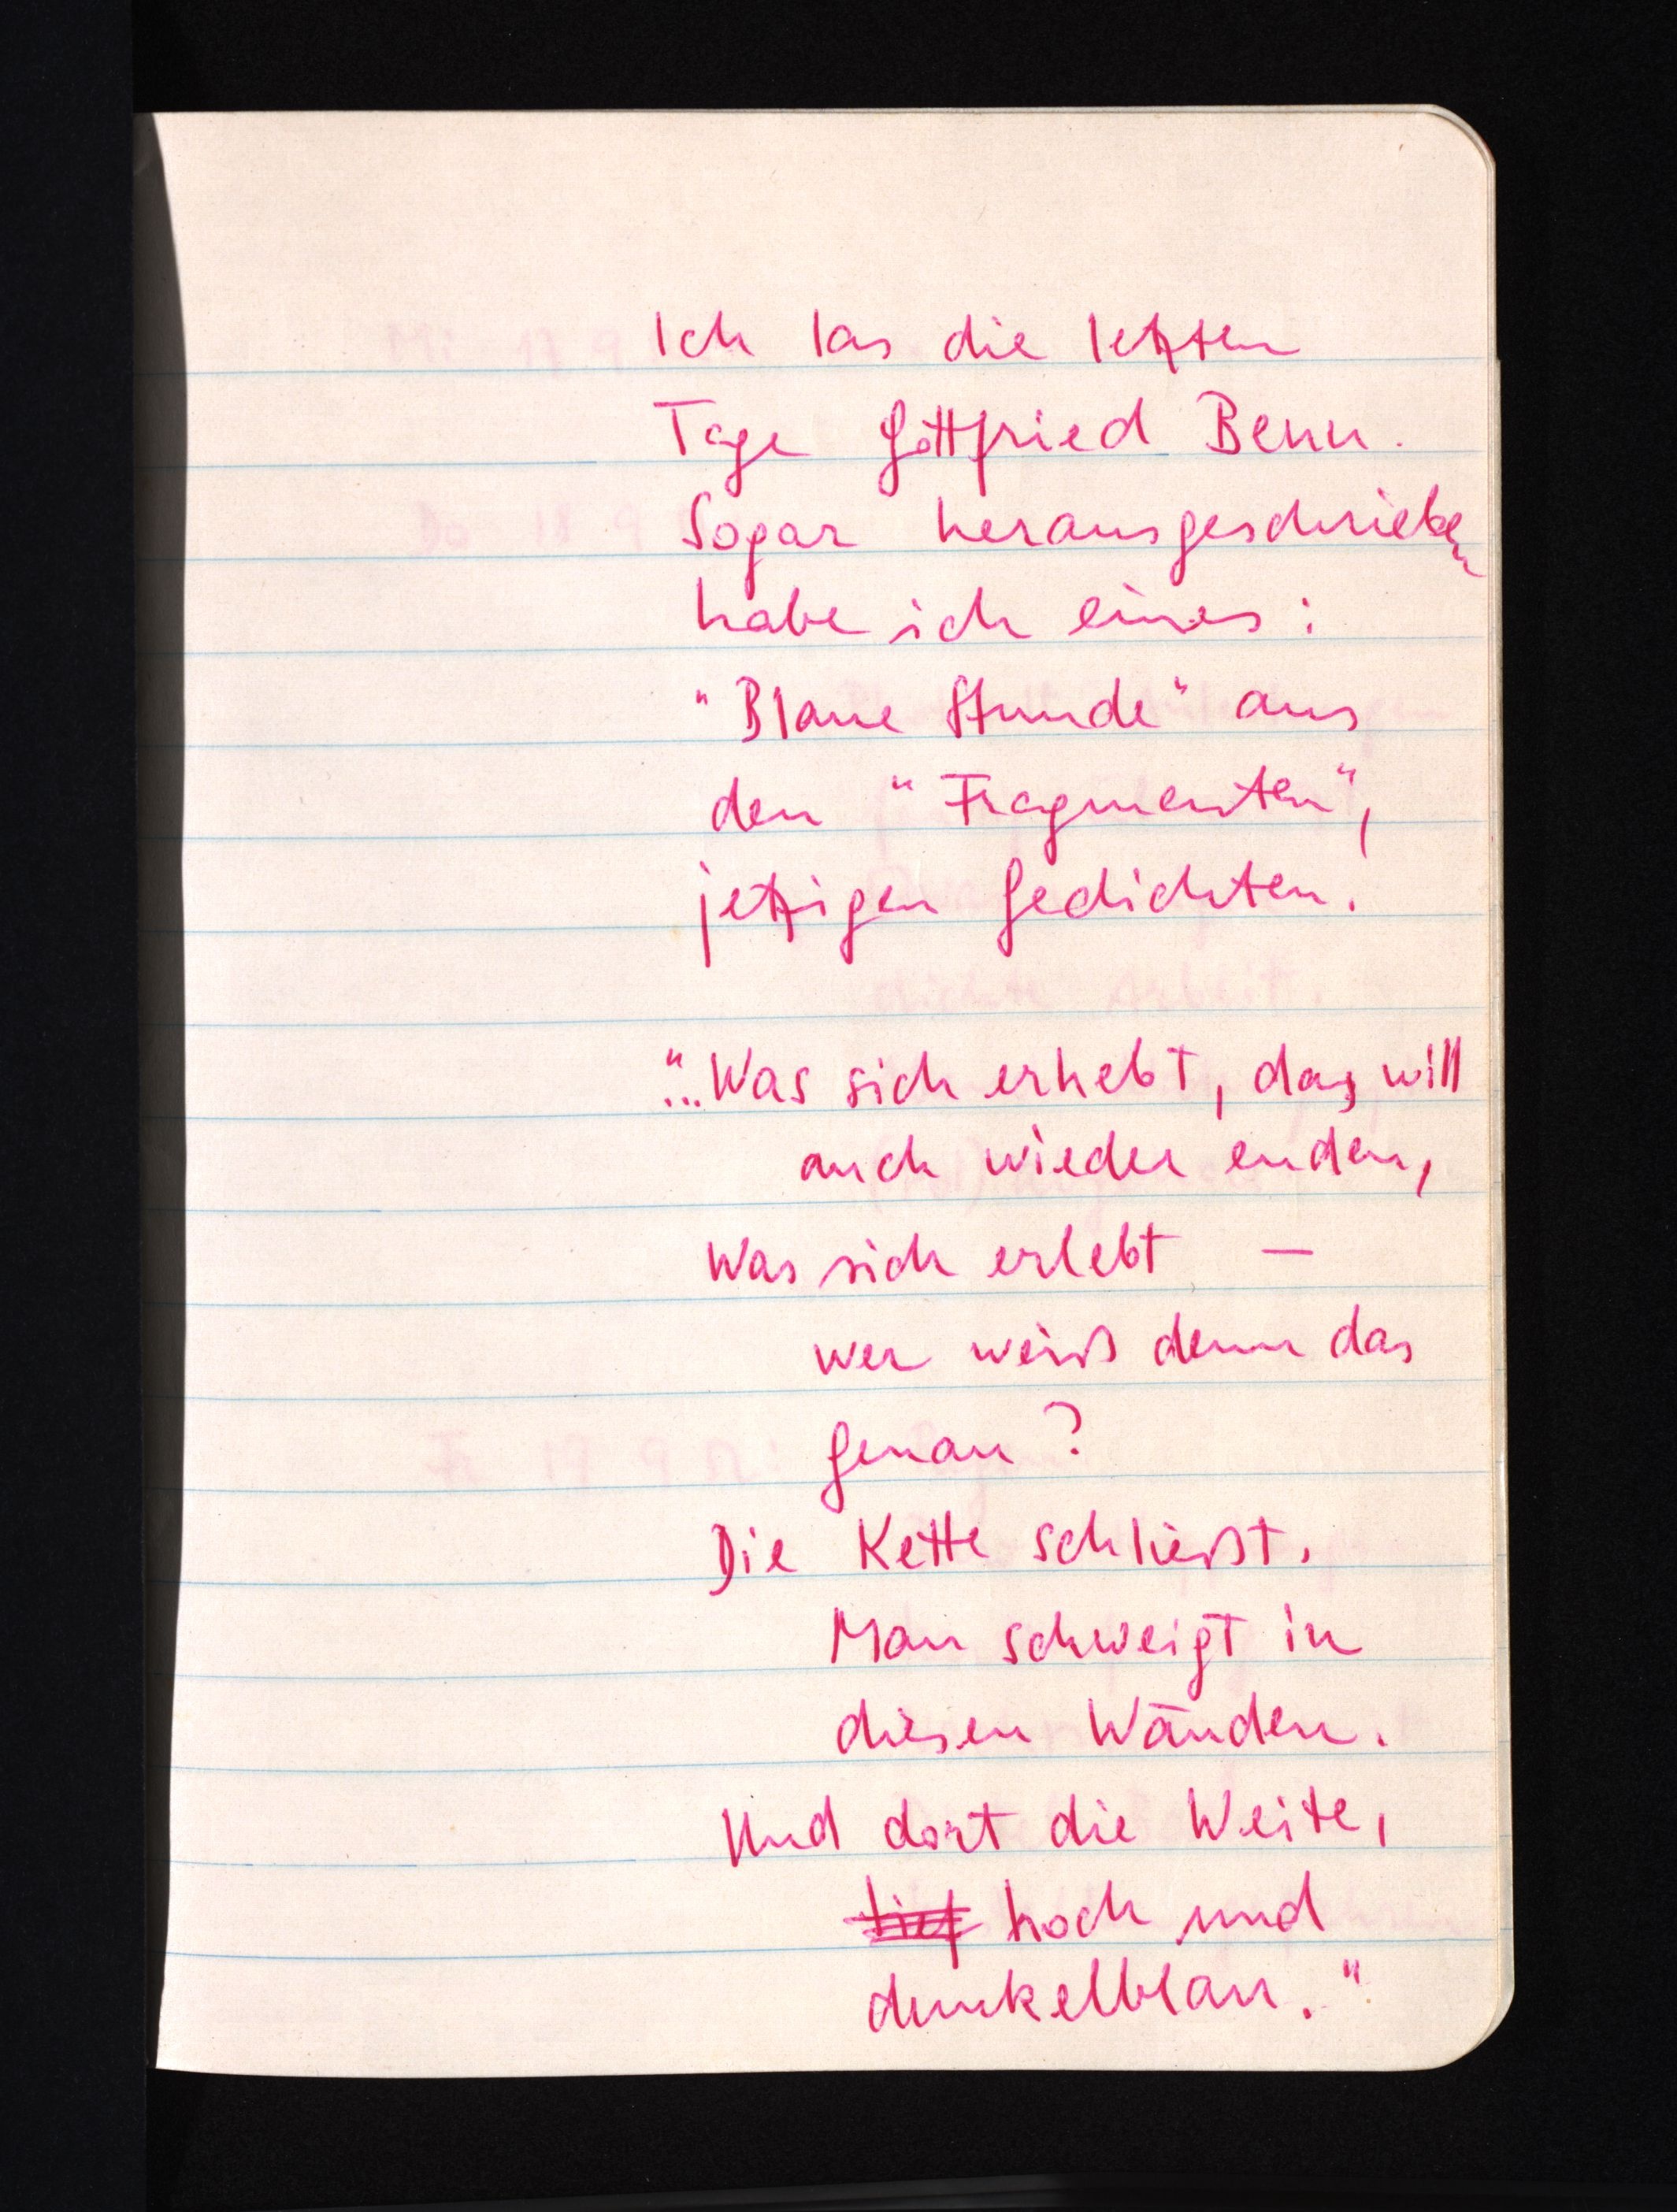
Ich las die letzten
Tage Gottfried Benn.
Sogar herausgeschrieben
habe ich eines:
"Blaue Stunde" aus
den "Fragmenten",
jetzigen Gedichten!
"... Was sich erhebt, das will
auch wieder enden,
Was sich erlebt -
wer weiß denn das
genau?
Die Kette schließt.
Man schweigt in
diesen Wänden.
Und dort die Weite,
tief hoch und
dunkelblau."